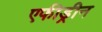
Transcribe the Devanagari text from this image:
एफीड्रीन